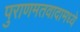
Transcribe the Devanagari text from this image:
पुराणमतवादामध्ये